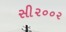
સી૨૦૦૨